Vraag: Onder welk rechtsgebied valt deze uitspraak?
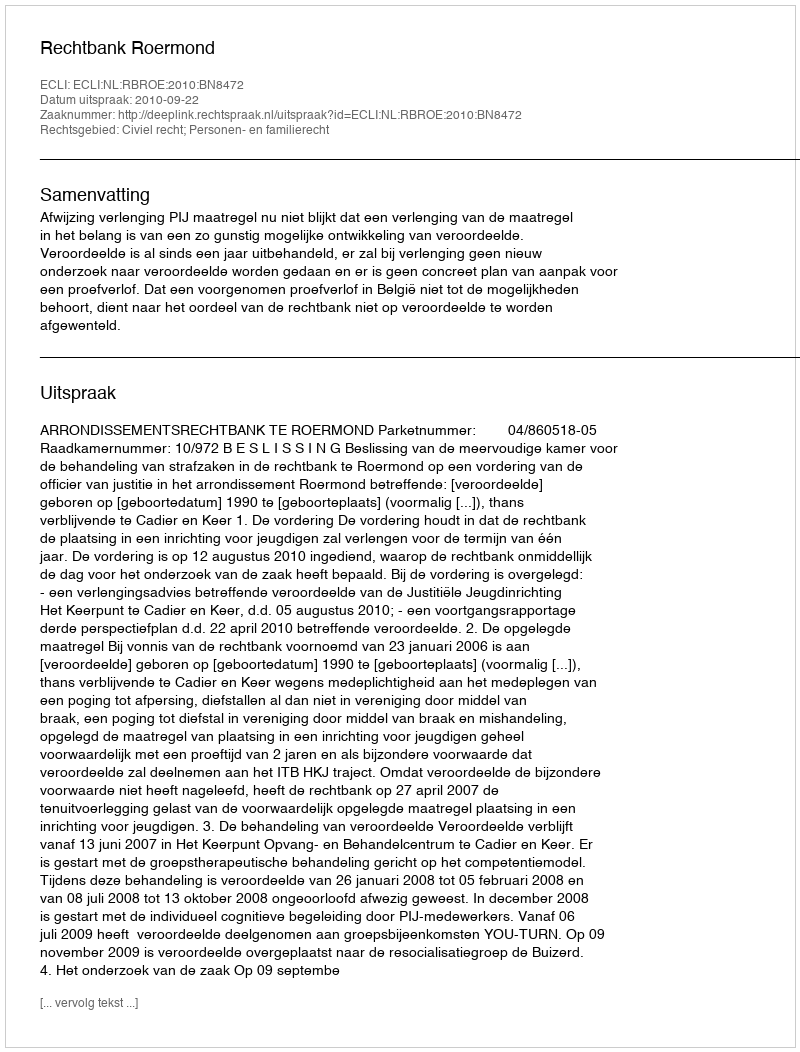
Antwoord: Civiel recht; Personen- en familierecht